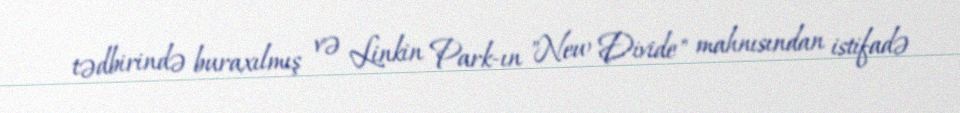
tədbirində buraxılmış və Linkin Park-ın "New Divide" mahnısından istifadə